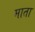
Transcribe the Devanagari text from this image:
माता